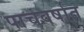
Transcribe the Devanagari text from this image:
पाचवर्षात